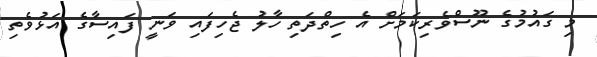
މި ގައުމުގެ ނޫސްވެރިކަމަށް އެ ހިތްދަތި ހާލު ޖެހިފައި ވަނީ ފައިސާގެ އަޅުވެތި